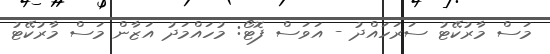
މަސް މާރުކޭޓު ސަރަހައްދު - އަވަސް ފޮޓޯ: މުހައްމަދު އަޒާން މަސް މާރުކޭޓު